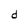
Character: d